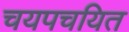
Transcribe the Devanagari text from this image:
चयपचयित